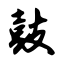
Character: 鼓